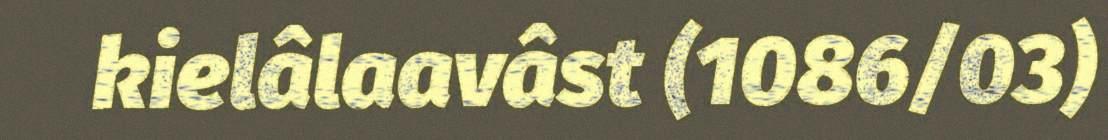
kielâlaavâst (1086/03)